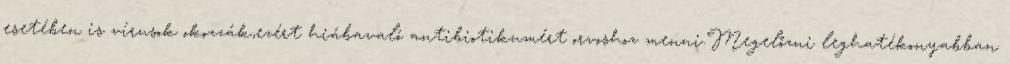
esetében is vírusok okozzák,ezért hiábavaló antibiotikumért orvoshoz menni.Megelőzni leghatékonyabban